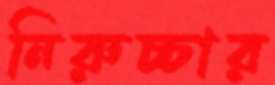
নিরুচ্চার